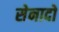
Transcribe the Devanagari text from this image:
सेनादो